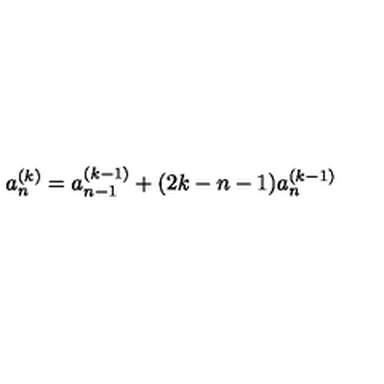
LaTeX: a _ { n } ^ { ( k ) } = a _ { n - 1 } ^ { ( k - 1 ) } + ( 2 k - n - 1 ) a _ { n } ^ { ( k - 1 ) }